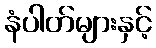
နံပါတ်များနှင့်